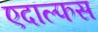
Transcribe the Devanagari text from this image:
एदाल्फस